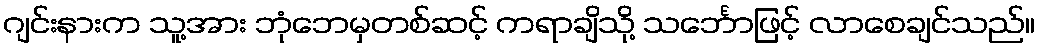
ဂျင်းနားက သူ့အား ဘုံဘေမှတစ်ဆင့် ကရာချိသို့ သင်္ဘောဖြင့် လာစေချင်သည်။